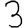
Digit: 3